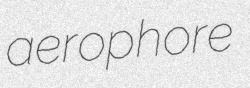
aerophore